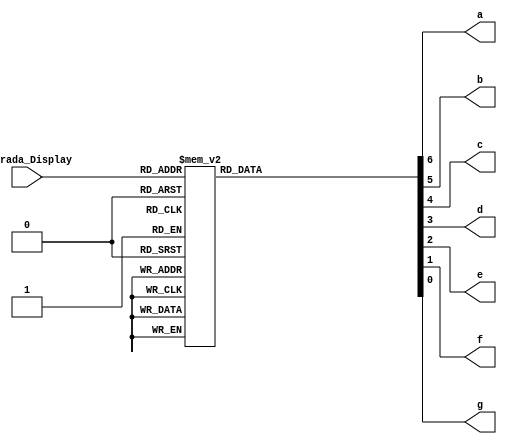
module Display (Entrada_Display,a,b,c,d,e,f,g);
input [3:0] Entrada_Display;
output a,b,c,d,e,f,g;
reg [6:0] segmentos;
always@ (Entrada_Display)
	begin
		case (Entrada_Display)
			4'b0000: segmentos=7'b0000001;
			4'b0001: segmentos=7'b1001111;
			4'b0010: segmentos=7'b0010010;
			4'b0011: segmentos=7'b0000110;
			4'b0100: segmentos=7'b1001100;
			4'b0101: segmentos=7'b0100100;
			4'b0110: segmentos=7'b0100000;
			4'b0111: segmentos=7'b0001111;
			4'b1000: segmentos=7'b0000000;
			4'b1001: segmentos=7'b0000100;
		default segmentos=7'b1111111;
		endcase 
	end
assign {a,b,c,d,e,f,g}=segmentos;
endmodule